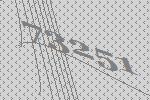
73251